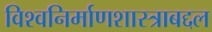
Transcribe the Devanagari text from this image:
विश्वनिर्माणशास्त्राबद्दल